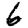
Digit: 6